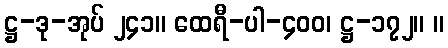
ဋ္ဌ-ဒု-အုပ် ၂၄၁။ ထေရီ-ပါ-၄၀၀၊ ဋ္ဌ-၁၇၂။ ။